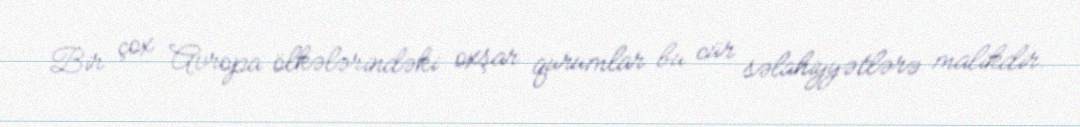
Bir çox Avropa ölkələrindəki oxşar qurumlar bu cür səlahiyyətlərə malikdir.